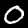
Label: 0